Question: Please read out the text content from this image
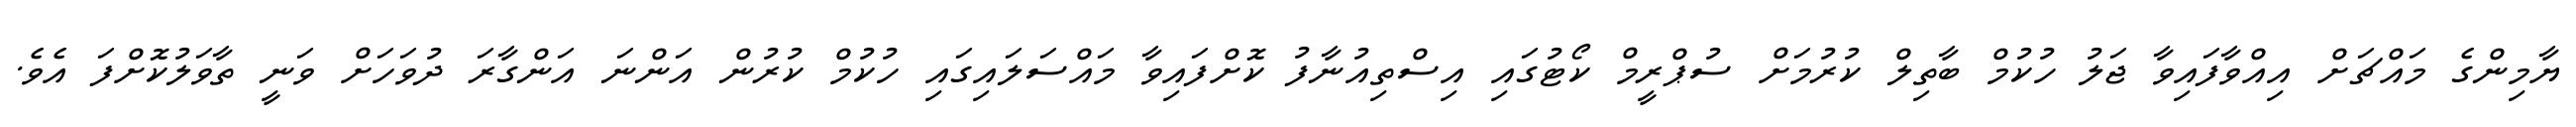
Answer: ޔާމިންގެ މައްޗަށް އިއްވާފައިވާ ޖަލު ހުކުމް ބާތިލް ކުރުމަށް ސުޕްރީމް ކޯޓުގައި އިސްތިއުނާފު ކޮށްފައިވާ މައްސަލައިގައި ހުކުމް ކުރުން އަންނަ އަންގާރަ ދުވަހަށް ވަނީ ތާވަލުކޮށްފަ އެވެ.